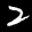
Label: 2